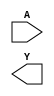
module sky130_fd_sc_hd__bufinv (
    //# {{data|Data Signals}}
    input  A,
    output Y
);

    // Voltage supply signals
    supply1 VPWR;
    supply0 VGND;
    supply1 VPB ;
    supply0 VNB ;

endmodule